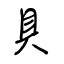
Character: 具